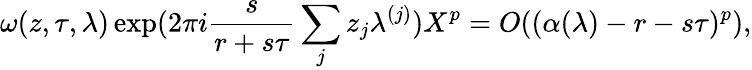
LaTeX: \omega(z,\tau,\lambda)\exp(2\pi i\frac s{r+s\tau}\sum_{j}z_{j}\lambda^{(j)})X^{p}=O((\alpha(\lambda)-r-s\tau)^{p}),